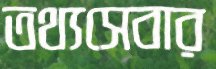
তথ্যসেবার